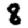
Digit: 8